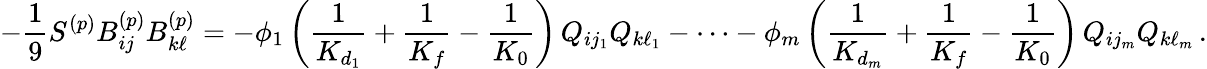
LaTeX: -\frac{1}{9}S^{(p)}B_{ij}^{(p)}B_{k\ell}^{(p)}=-\phi_{1}\left(\frac{1}{K_{d_{1}}}+\frac{1}{K_{f}}-\frac{1}{K_{0}}\right)\, Q_{ij_{1}}Q_{k\ell_{1}}-\dots-\phi_{m}\left(\frac{1}{K_{d_{m}}}+\frac{1}{K_{f}}-\frac{1}{K_{0}}\right)\, Q_{ij_{m}}Q_{k\ell_{m}}\, .